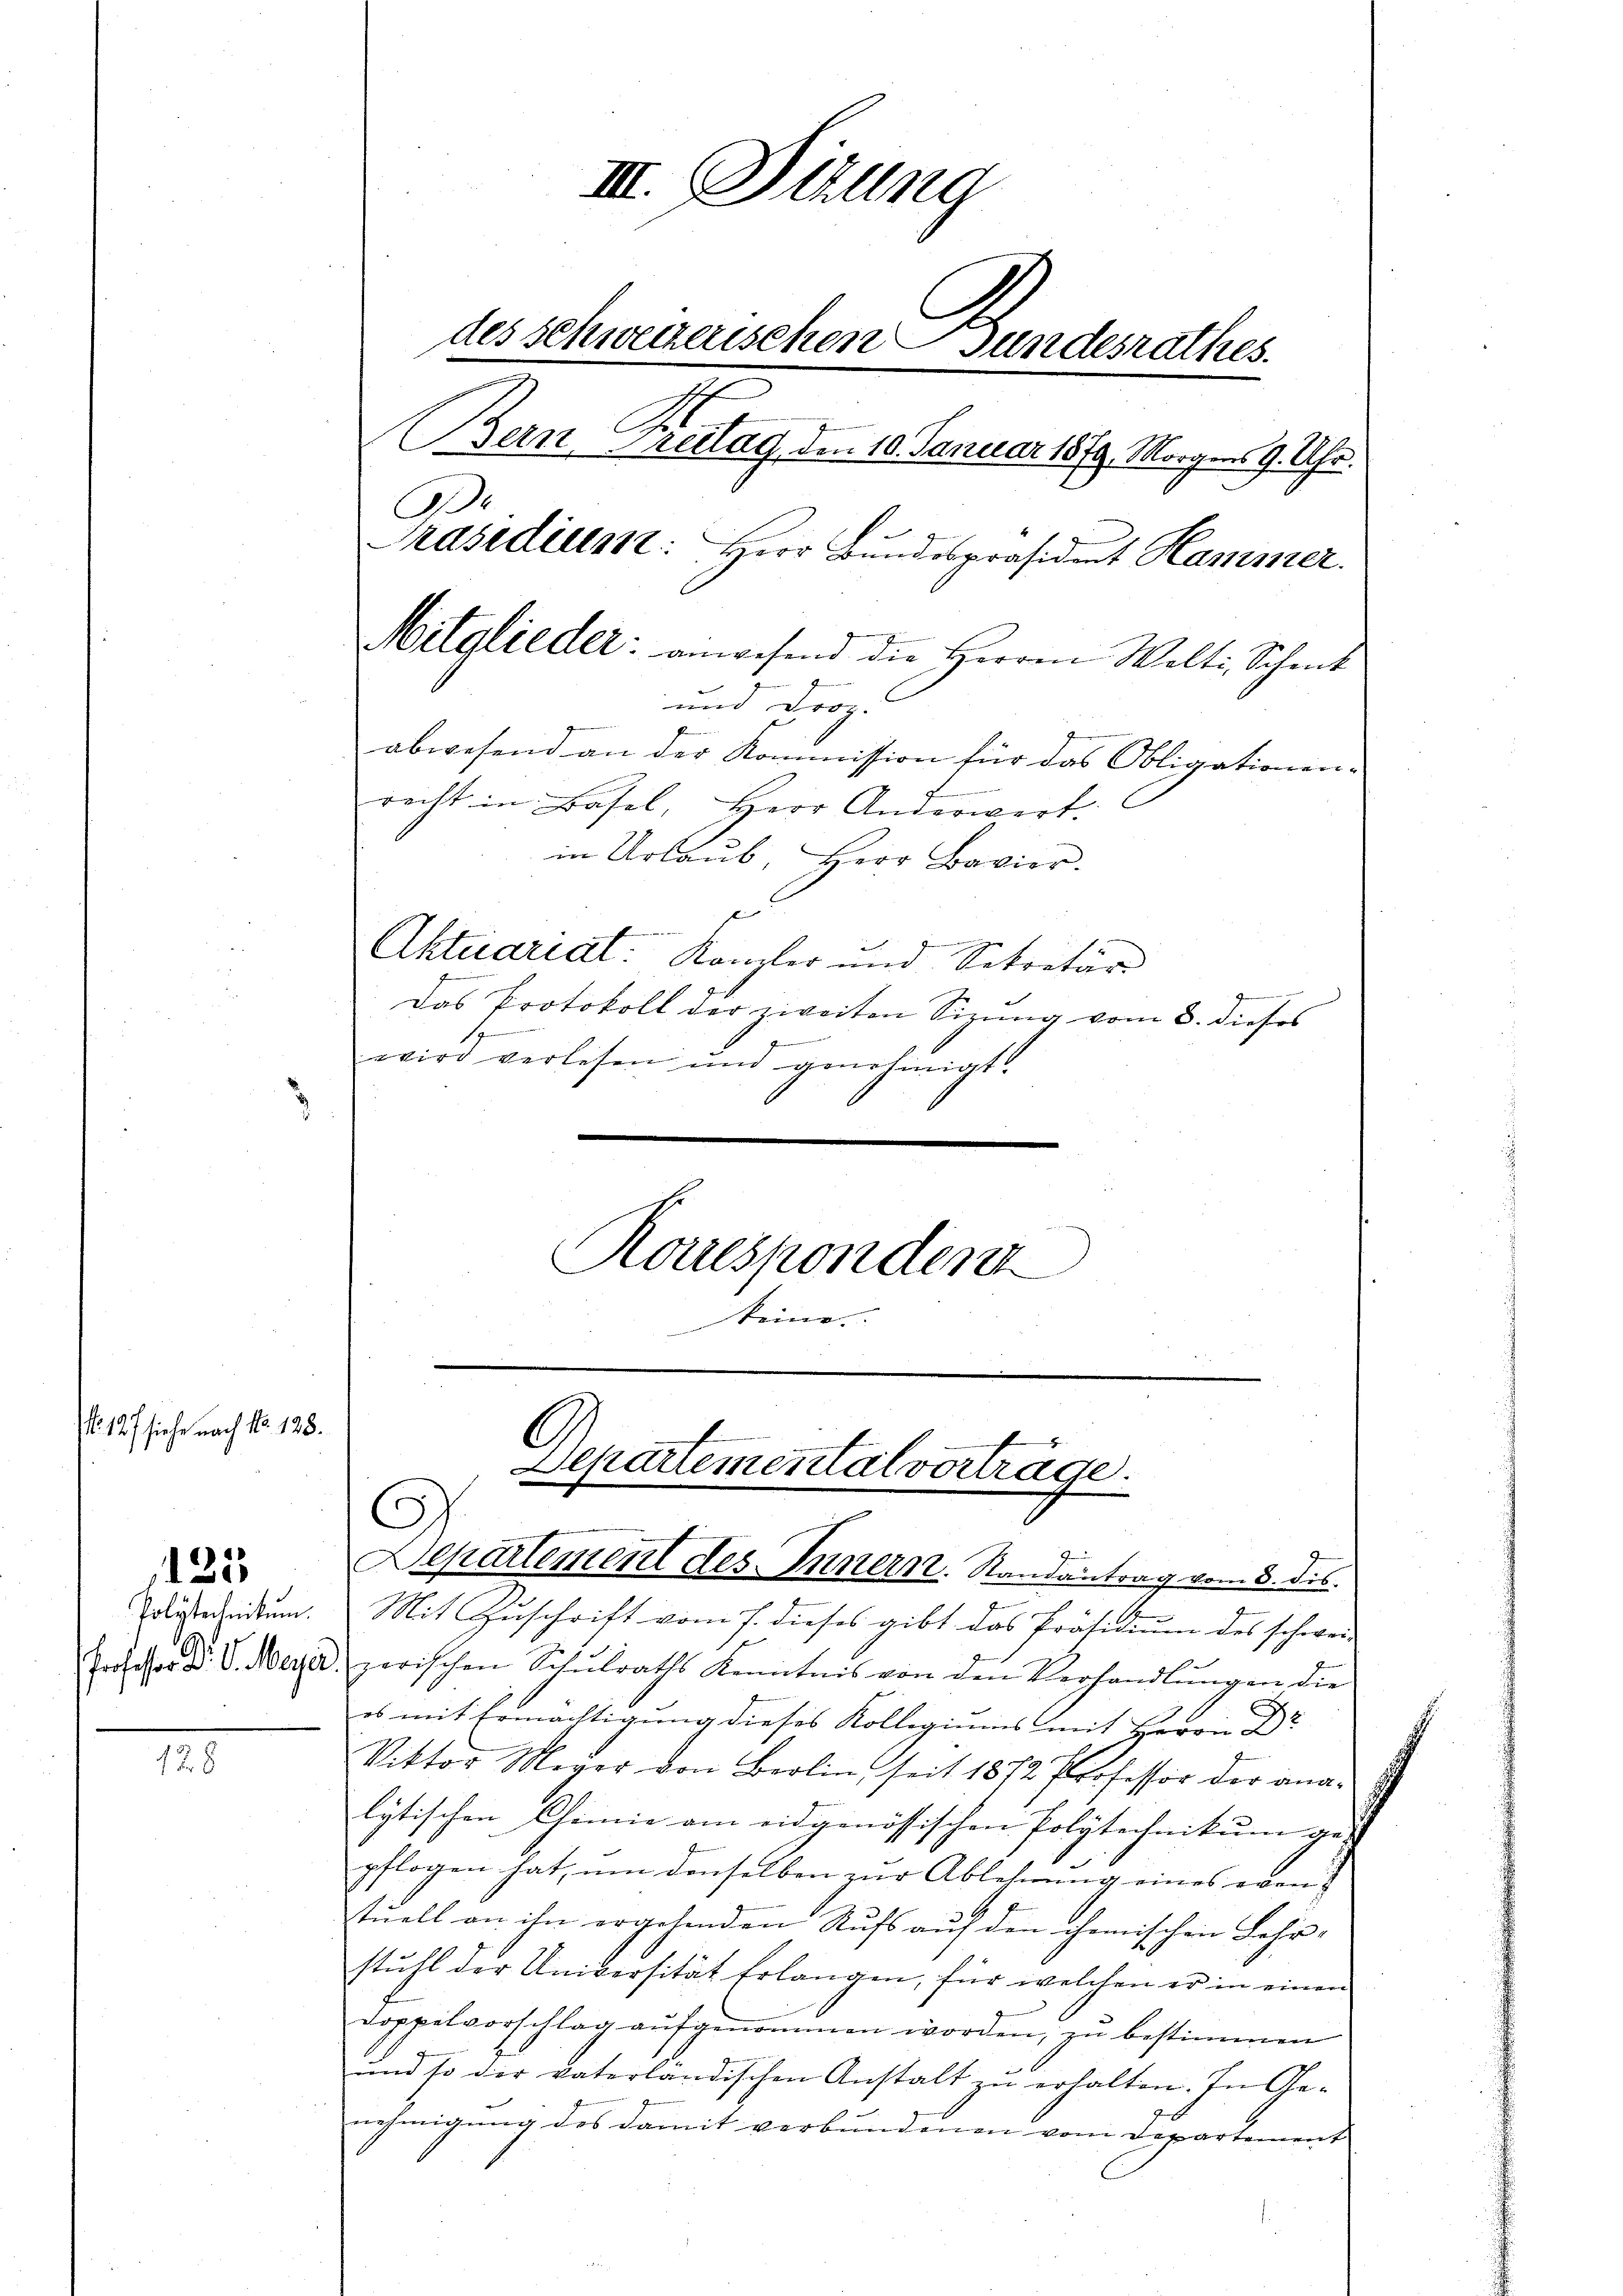
127 siehe nach No. 128.

125

128

III. Seling
des schweizerischen Gundesrathes.
1
Bern, Greitag, den 10. Januar 1879. Morgens 9. Uhr.
Präsidium: Herr Bundespräsident Hammer.
Mitglieder: anwesend die Herren Welti, Schmit
und Droz.
abwesend an der Kommission für das Obligationen-
recht in Basel, Herr Anderwert.
in Urlaŭb, Herr Bavier.
s
Aktuariat Kanzler und Sekretär
Das Protokoll der zweiten Sizung vom 8. dieses
s
g
wird verlesen und genehmigt.

Rorrespondent
keine

.
Departemental vortrage.
C
Departement des Innern. Randantrag vom 8. des

Erlisterendum. Mit Zuschrift vom 7. dieses gibt das Präsidium des schweiz
E
Erscher d. d. Meyer zwischen Schŭlraths Kenntnis von den Verhandlŭngen die
es mit Ermächtigung dieses Kollegiums mit Herrn Dr
Viktor Meyer von Berlin seit 1872 Professor der ana-
lytischen Chemnie am eidgenössischen Polytechnikum ges
pflogen hat, um denselben zur Ablehnung eines eben |
stŭell an ihn ergehenden Rufs aŭf den chemischen Lehr-
stuhl der Universität Erlangen, für welchen er in einen
Doppelvorschlag aufgenommen worden, zu bestimmen
und so der vaterländischen Anstalt zu erhalten. In Genehmigung des damit verbundenen vom Departement